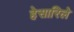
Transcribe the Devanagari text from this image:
हेसारिले